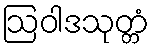
ဩဝါဒသုတ္တံ